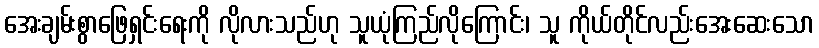
အေးချမ်းစွာဖြေရှင်းရေးကို လိုလားသည်ဟု သူယုံကြည်လိုကြောင်း၊ သူ ကိုယ်တိုင်လည်းအေးဆေးသော